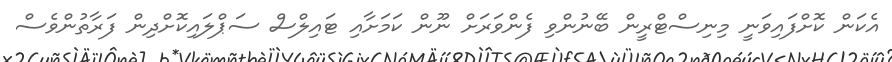
އެކަން ކޮށްފައިވަނީ މިނިސްޓްރީން ބޭނުންވި ފެންވަރަށް ނޫން ކަމަށާއި ޓައިލްސް ސަޕްްލައިކޮށްދިން ފަރާތުންވެސް